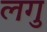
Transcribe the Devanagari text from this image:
लगु